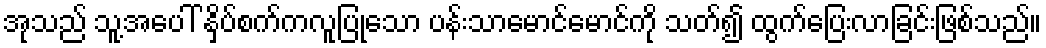
အုသည် သူ့အပေါ် နှိပ်စက်ကလူပြုသော ပန်းသာမောင်မောင်ကို သတ်၍ ထွက်ပြေးလာခြင်းဖြစ်သည်။